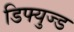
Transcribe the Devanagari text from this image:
डिफ्युज्ड